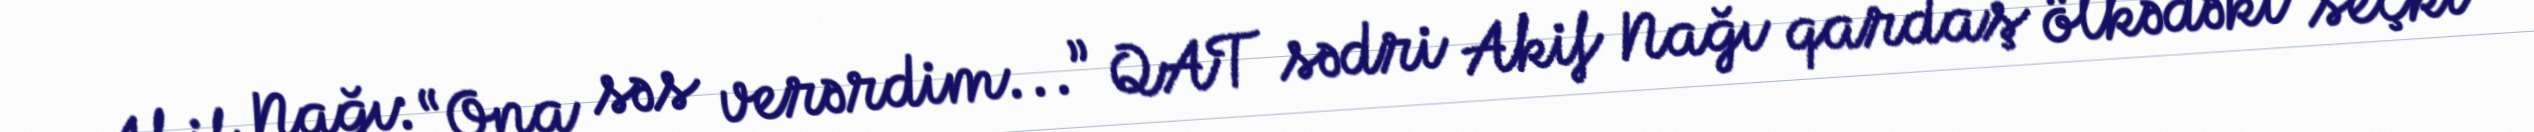
Akif Nağı: “Ona səs verərdim...” QAT sədri Akif Nağı qardaş ölkədəki seçki